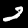
Digit: 2